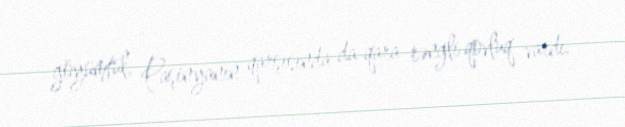
göyümtül, Paşinyanın qarşısında da qara rəngli qovluq vardı.